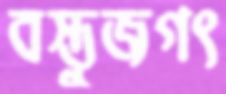
বস্তুজগৎ